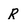
Character: R